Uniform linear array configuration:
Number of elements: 32
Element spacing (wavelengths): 0.5
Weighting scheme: exponential
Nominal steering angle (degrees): -45
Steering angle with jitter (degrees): -46.259
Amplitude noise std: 0.05
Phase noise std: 0.05

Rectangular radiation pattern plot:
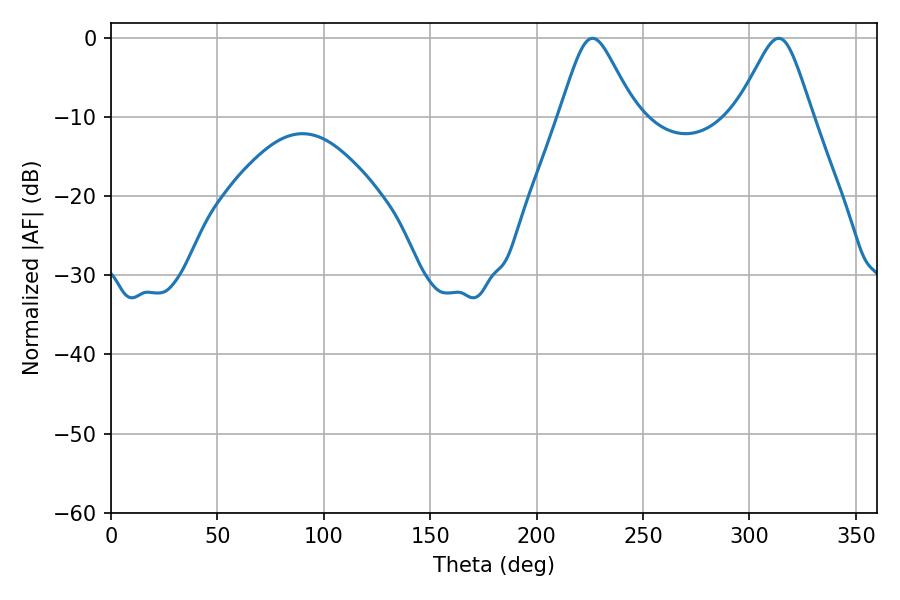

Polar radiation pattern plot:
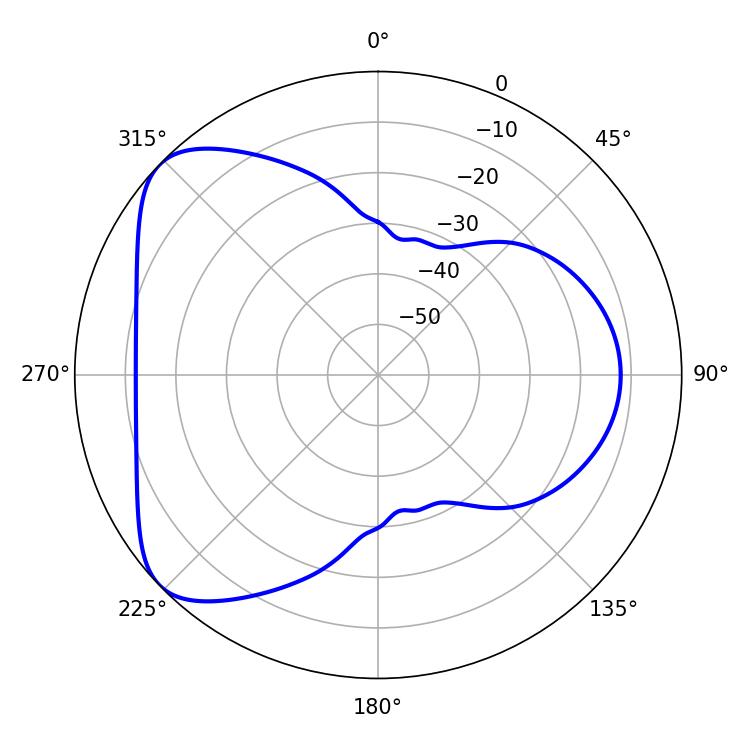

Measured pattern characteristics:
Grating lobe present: FALSE
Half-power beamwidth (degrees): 16.92
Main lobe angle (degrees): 226.26